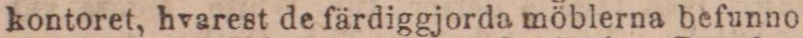
kontoret, hvarest de färdiggjorda möblerna befunno